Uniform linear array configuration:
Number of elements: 16
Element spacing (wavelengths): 1
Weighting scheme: exponential
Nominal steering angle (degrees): -15
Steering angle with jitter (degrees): -16.946
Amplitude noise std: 0.05
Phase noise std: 0.05

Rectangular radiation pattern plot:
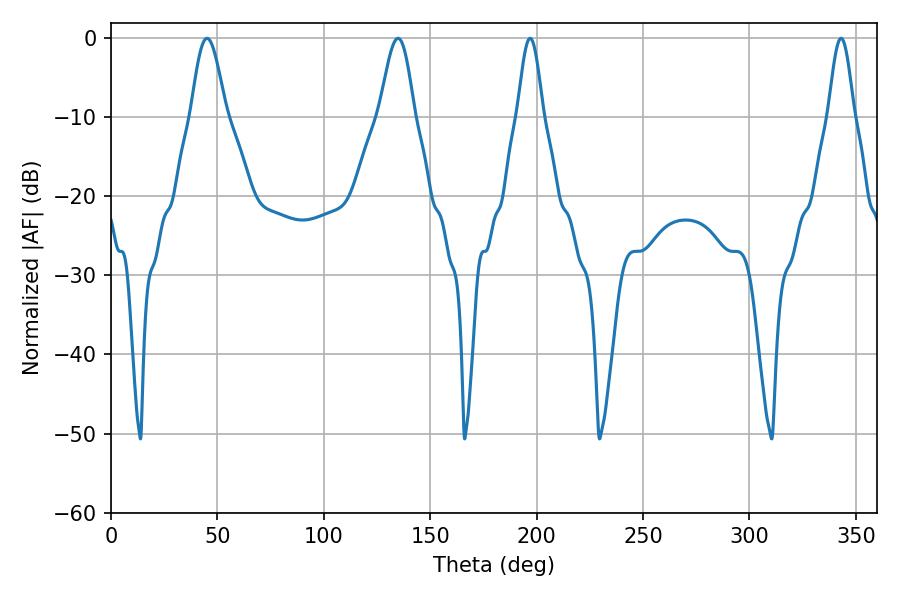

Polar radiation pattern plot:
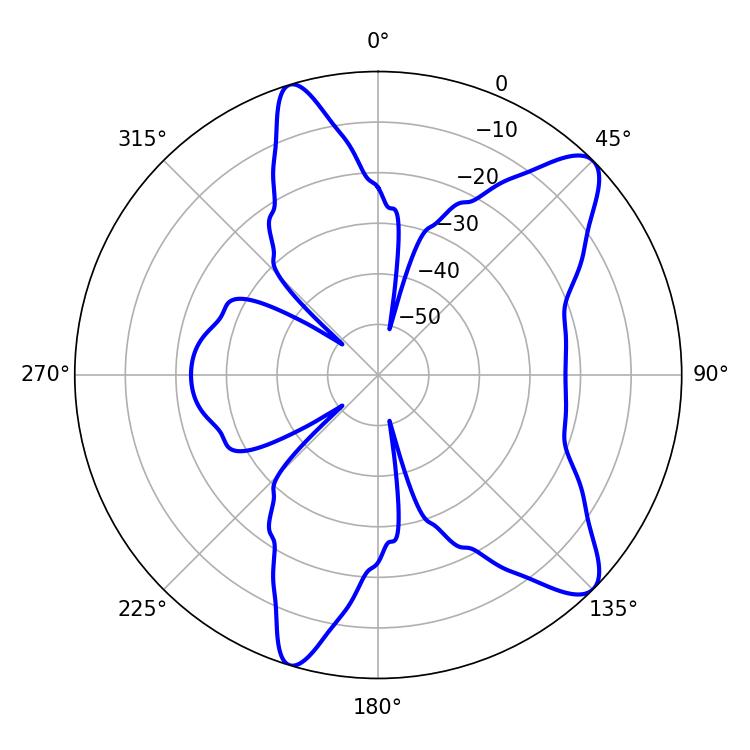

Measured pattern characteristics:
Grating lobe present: TRUE
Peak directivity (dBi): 10.322
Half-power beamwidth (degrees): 6.48
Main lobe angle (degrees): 196.92